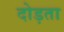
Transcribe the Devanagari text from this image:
दोड़ता